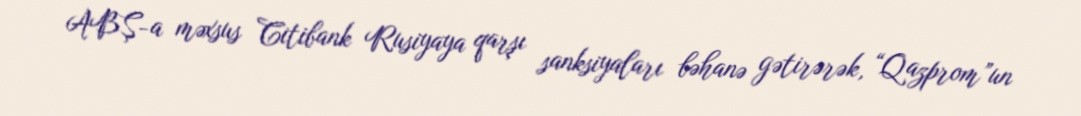
ABŞ-a məxsus Citibank Rusiyaya qarşı sanksiyaları bəhanə gətirərək, “Qazprom”un